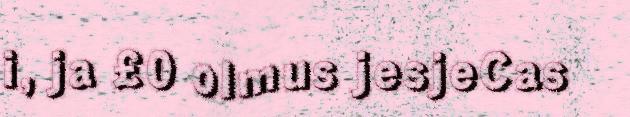
i, ja £0 olmus jesjeCas